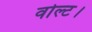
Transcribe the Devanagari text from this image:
वोल्ट।